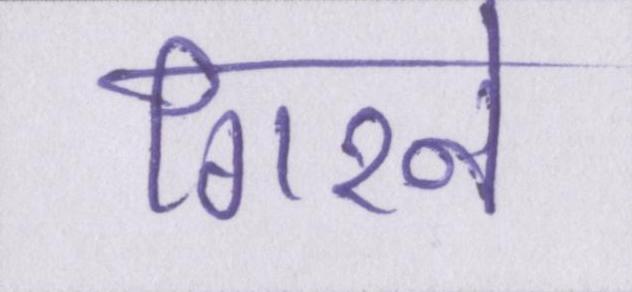
गिरने